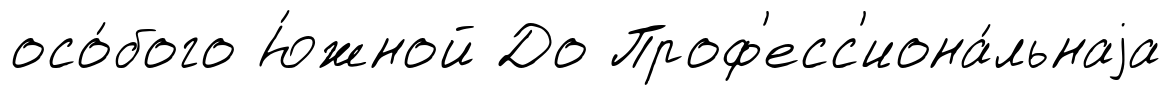
осо́бого Ю́жной До Проф'есс'иона́льнаjа